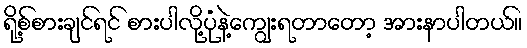
ရို့စ်စားချင်ရင် စားပါလို့ပုံနဲ့ကျွေးရတာတော့ အားနာပါတယ်။